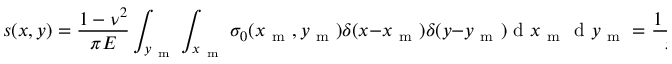
s ( x , y ) = \frac { 1 - \nu ^ { 2 } } { \pi E } \int _ { y _ { \mathrm { ~ m ~ } } } \int _ { x _ { \mathrm { ~ m ~ } } } \sigma _ { 0 } ( x _ { \mathrm { ~ m ~ } } , y _ { \mathrm { ~ m ~ } } ) \delta ( x - x _ { \mathrm { ~ m ~ } } ) \delta ( y - y _ { \mathrm { ~ m ~ } } ) \mathrm { ~ d ~ } x _ { \mathrm { ~ m ~ } } \mathrm { ~ d ~ } y _ { \mathrm { ~ m ~ } } = \frac { 1 - \nu ^ { 2 } } { \pi E } \sigma _ { 0 } ( x , y )